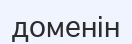
доменін